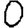
Digit: 0